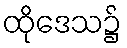
ထိုဒေသ၌